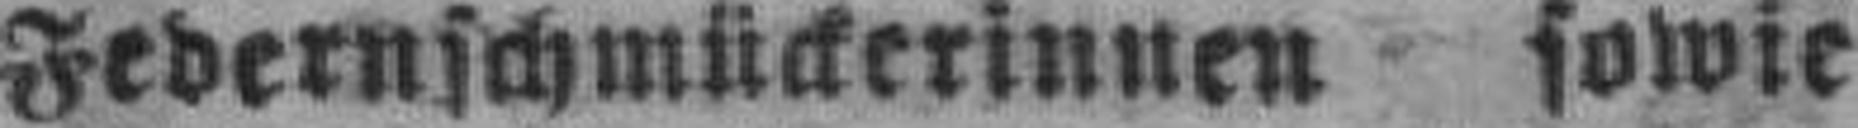
Federnschmückerinnen sowie